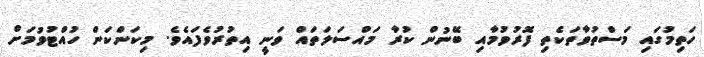
ހަތިމުގައި މަސްތުވާތަކެތި ފޮރުވުމާއި ބޭނުން ކުރާ މައްސަލަތައް ވަނީ އިތުރުވެފައެވެ. މިކަންކަން ހުއްޓުވުމަށް